Lunatic asylums Punjab 1895-1910 - 1895-1910
Year: 1895
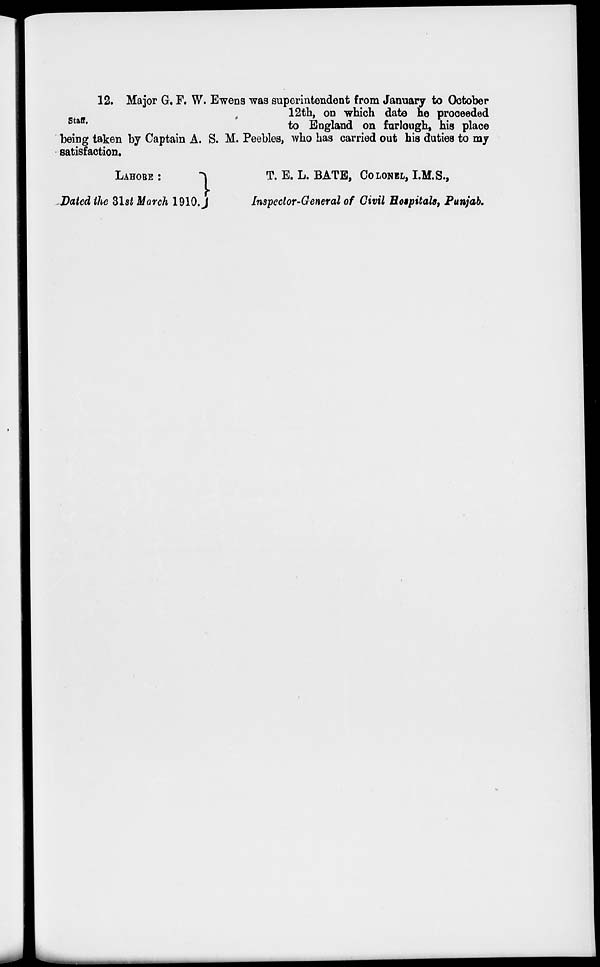
Staff.
12. Major G. F. W. Ewens was superintendent from January to October
12th, on which date he proceeded
to England on furlough, his place
being taken by Captain A. S. M. Peebles, who has carried out his duties to my
satisfaction.
LAHORE :
Dated the 31st March 1910.
T. E. L. BATE, COLONEL, I.M.S.,
Inspector-General of Civil Hospitals, Punjab.